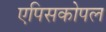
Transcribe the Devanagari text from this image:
एपिसकोपल